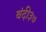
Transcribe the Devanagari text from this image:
बंदी३७